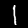
Label: 1